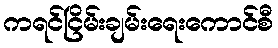
ကရင်ငြိမ်းချမ်းရေးကောင်စီ